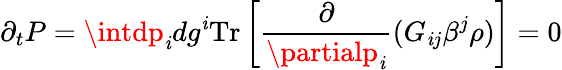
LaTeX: \partial_{t}P=\intdp_{\mathit{i}}dg^{\mathit{i}}\mathrm{{Tr}}\left[{\frac{{\partial}}{{\partialp_{\mathit{i}}}}}(G_{\mathit{i}j}\beta^{j}\rho)\right]=0